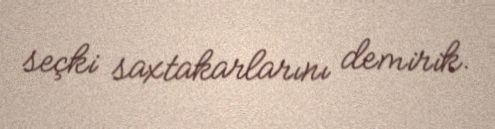
seçki saxtakarlarını demirik.